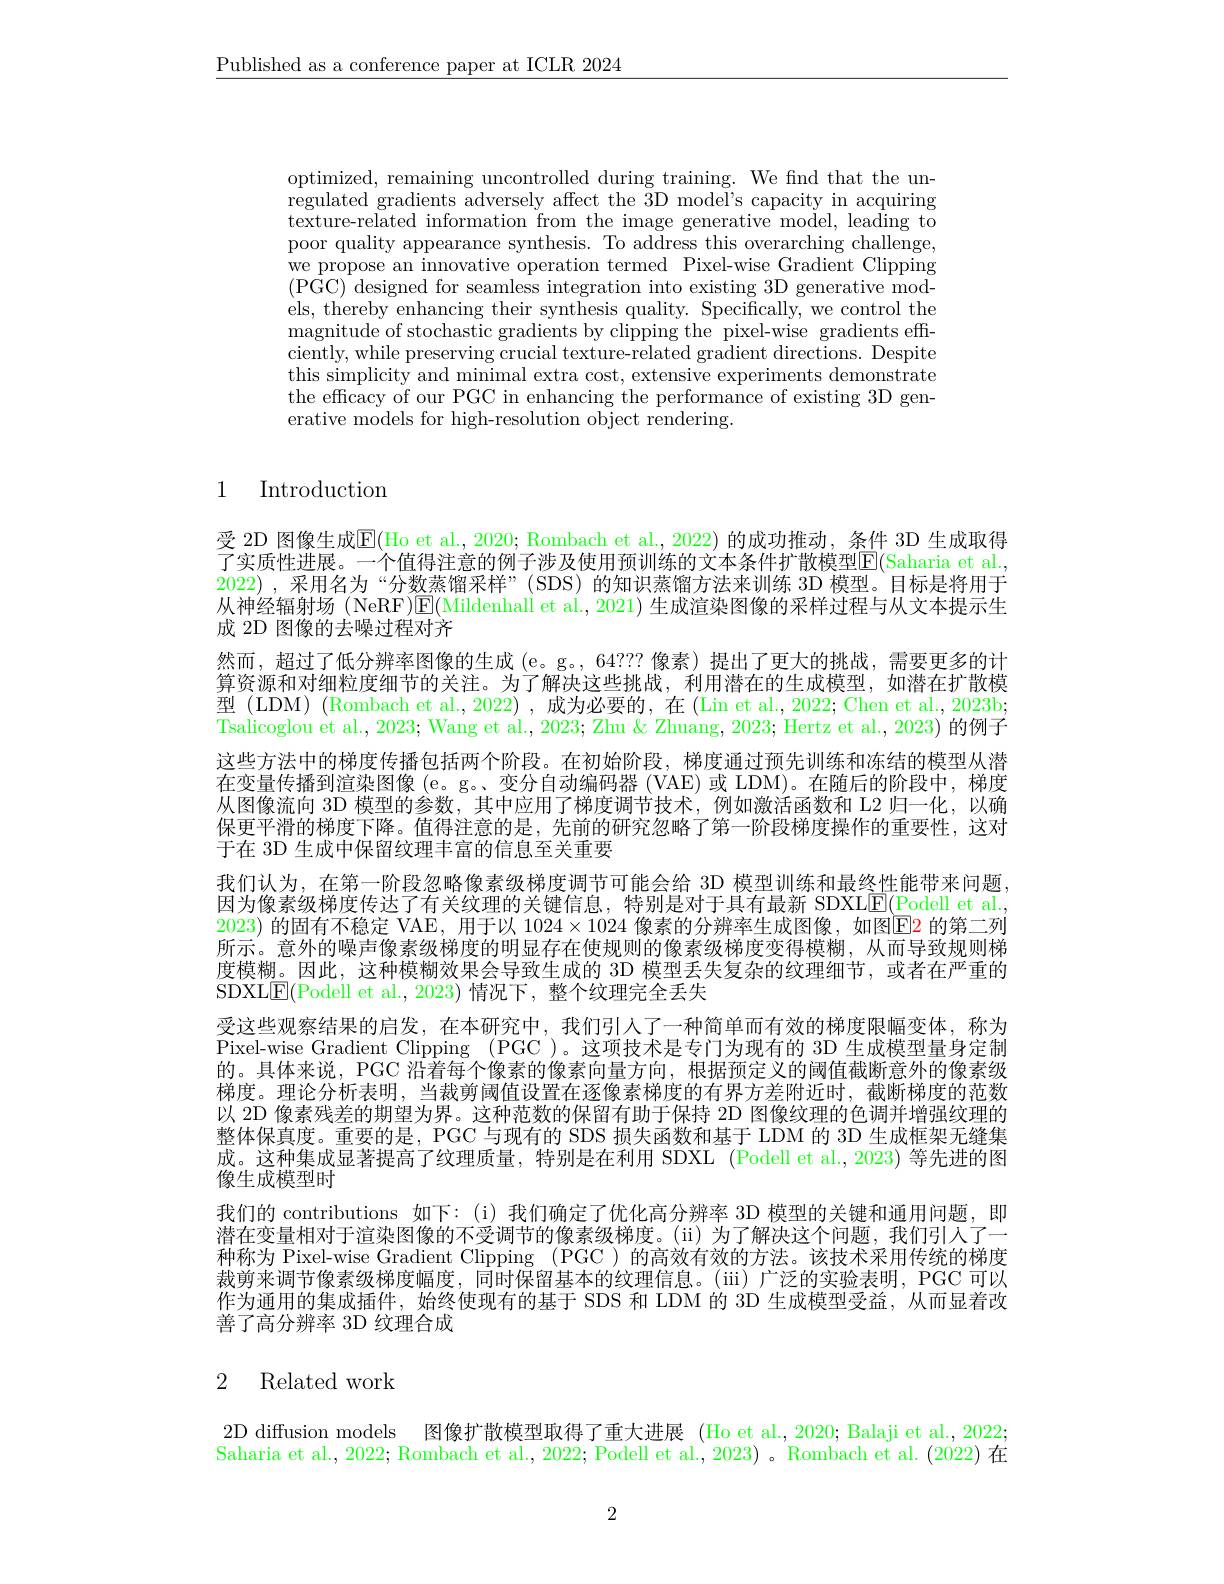
$\underline{\text{Published as a conference paper at ICLR 2024}}$

optimized, remaining uncontrolled during training. We find that the unregulated gradients adversely affect the 3D model's capacity in acquiring $\bar{\text{texture-related information from the image generative model, leading to}}$ poor quality appearance synthesis. To address this overarching challenge, we propose an innovative operation termed Pixel-wise Gradient Clipping $(\bar{\mathrm{PGC}})\bar{\mathrm{~designed~for~seamless~integration~into~existing~3D~generative~mod-}}$ els, thereby enhancing their synthesis quality. Specifically, we control the magnitude of stochastic gradients by clipping the pixel-wise gradients effciently, while preserving crucial texture-related gradient directions. Despite $\begin{array}{ll}\mathrm{this~simplicity~and~minimal~extra~cost,~extensive~experiments~demonstrate}\\\mathrm{this~simplicity~and~minimal~extra~cost,~extensive~experiments~demonstrate}\end{array}$ the efficacy of our PGC in enhancing the performance of existing 3D generative models for high-resolution object rendering.

## 1 Introduction

受 2D 图像生成$\overline{\mathrm{E}}($Ho et al., 2020; Rombach et al., 2022) 的成功推动，条件 3D 生成取得了实质性进展。一个值得注意的例子涉及使用预训练的文本条件扩散模型E(Saharia et al. 2022) ,采用名为“分数蒸馏采样”(SDS)的知识蒸馏方法来训练 3D 模型。目标是将用于从神经辐射场 (NeRF)$\overline{\mathbb{E}}($Mildenhall et al., 2021) 生成渲染图像的采样过程与从文本提示生成 2D 图像的去噪过程对齐
然而，超过了低分辨率图像的生成 (e。g。,64??? 像素)提出了更大的挑战，需要更多的计算资源和对细粒度细节的关注。为了解决这些挑战，利用潜在的生成模型，如潜在扩散模型 (LDM) (Rombach et al.,2022) ,成为必要的，在 (Lin et al., 2022; Chen et al., 2023b; Tsalicoglou et al., 2023; Wang et al., 2023; Zhu & Zhuang, 2023; Hertz et al., 2023) 的例子这些方法中的梯度传播包括两个阶段。在初始阶段，梯度通过预先训练和冻结的模型从潜在变量传播到渲染图像(e。g。、变分自动编码器(VAE)或 LDM)。在随后的阶段中，梯度从图像流向 3D 模型的参数，其中应用了梯度调节技术，例如激活函数和 L2 归一化，以确保更平滑的梯度下降。值得注意的是，先前的研究忽略了第一阶段梯度操作的重要性，这对于在 3D 生成中保留纹理丰富的信息至关重要
我们认为，在第一阶段忽略像素级梯度调节可能会给 3D 模型训练和最终性能带来问题， 因为像素级梯度传达了有关纹理的关键信息，特别是对于具有最新 SDXL$\underline{E}($Podell et al. 2023)的固有不稳定 VAE, 用于以$1024\times1024$像素的分辨率生成图像，如图$\overline{\mathrm{E}}$2 的第二列所示。意外的噪声像素级梯度的明显存在使规则的像素级梯度变得模糊，从而导致规则梯度模糊。因此，这种模糊效果会导致生成的 3D 模型丢失复杂的纹理细节，或者在严重的SDXL$\underline{\mathrm{E}}($Podell et al., 2023) 情况下，整个纹理完全丢失
受这些观察结果的启发，在本研究中，我们引人了一种简单而有效的梯度限幅变体，称为Pixel-wise Gradient Clipping (PGC )。这项技术是专门为现有的 3D 生成模型量身定制的。具体来说，PGC 沿着每个像素的像素向量方向，根据预定义的阈值截断意外的像素级梯度。理论分析表明，当裁剪阈值设置在逐像素梯度的有界方差附近时，截断梯度的范数以 2D 像素残差的期望为界。这种范数的保留有助于保持 2D 图像纹理的色调并增强纹理的整体保真度。重要的是，PGC 与现有的 SDS 损失函数和基于 LDM 的 3D 生成框架无缝集成。这种集成显著提高了纹理质量，特别是在利用 SDXL (Podell et al., 2023) 等先进的图像生成模型时
我们的 contributions 如下：(i)我们确定了优化高分辨率 3D 模型的关键和通用问题，即潜在变量相对于渲染图像的不受调节的像素级梯度。(ü)为了解决这个问题，我们引人了一种称为 Pixel-wise Gradient Clipping (PGC )的高效有效的方法。该技术采用传统的梯度裁剪来调节像素级梯度幅度，同时保留基本的纹理信息。(iii)广泛的实验表明，PGC 可以作为通用的集成插件，始终使现有的基于 SDS 和 LDM 的 3D 生成模型受益，从而显着改善了高分辨率 3D 纹理合成

## 2 Related work

2D diffusion models 图像扩散模型取得了重大进展 (Ho et al., 2020; Balaji et al., 2022; Saharia et al., 2022; Rombach et al., 2022; Podell et al., 2023) 。Rombach et al. (2022) 在

2